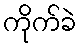
ကိုက်ခဲ